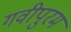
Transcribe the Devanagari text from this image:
गवीपुरम